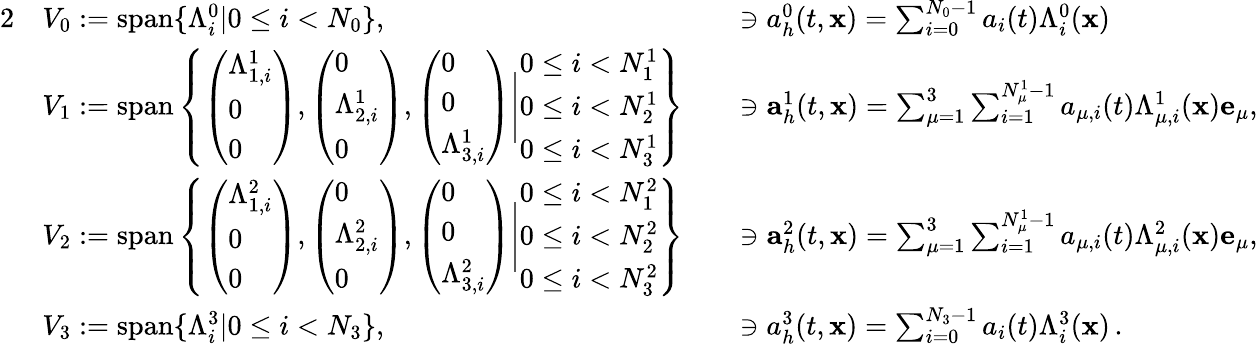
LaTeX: \begin{array}{rlrl}{{2}}&{V_{0}:=\mathrm{span}\{ \Lambda_{i}^{0}|0\le i<N_{0}\} ,}&&{\ni{a}_{h}^{0}(t,{\mathbf x})=\sum_{i=0}^{N_{0}-1}a_{i}(t)\Lambda_{i}^{0}({\mathbf x})}\\ &{V_{1}:=\mathrm{span}\left\{ \left(\begin{array}{l}{\Lambda_{1,i}^{1}}\\ {0}\\ {0}\end{array}\right),\left(\begin{array}{l}{0}\\ {\Lambda_{2,i}^{1}}\\ {0}\end{array}\right),\left(\begin{array}{l}{0}\\ {0}\\ {\Lambda_{3,i}^{1}}\end{array}\right)\Bigg|\begin{array}{l}{0\le i<N_{1}^{1}}\\ {0\le i<N_{2}^{1}}\\ {0\le i<N_{3}^{1}}\end{array}\right\} }&&{\ni{\mathbf a}_{h}^{1}(t,{\mathbf x})=\sum_{\mu=1}^{3}\sum_{i=1}^{N_{\mu}^{1}-1}a_{\mu,i}(t)\Lambda_{\mu,i}^{1}({\mathbf x}){\mathbf e}_{\mu},}\\ &{V_{2}:=\mathrm{span}\left\{ \left(\begin{array}{l}{\Lambda_{1,i}^{2}}\\ {0}\\ {0}\end{array}\right),\left(\begin{array}{l}{0}\\ {\Lambda_{2,i}^{2}}\\ {0}\end{array}\right),\left(\begin{array}{l}{0}\\ {0}\\ {\Lambda_{3,i}^{2}}\end{array}\right)\Bigg|\begin{array}{l}{0\le i<N_{1}^{2}}\\ {0\le i<N_{2}^{2}}\\ {0\le i<N_{3}^{2}}\end{array}\right\} }&&{\ni{\mathbf a}_{h}^{2}(t,{\mathbf x})=\sum_{\mu=1}^{3}\sum_{i=1}^{N_{\mu}^{1}-1}a_{\mu,i}(t)\Lambda_{\mu,i}^{2}({\mathbf x}){\mathbf e}_{\mu},}\\ &{V_{3}:=\mathrm{span}\{ \Lambda_{i}^{3}|0\le i<N_{3}\} ,}&&{\ni{a}_{h}^{3}(t,{\mathbf x})=\sum_{i=0}^{N_{3}-1}a_{i}(t)\Lambda_{i}^{3}({\mathbf x})\, .}\end{array}